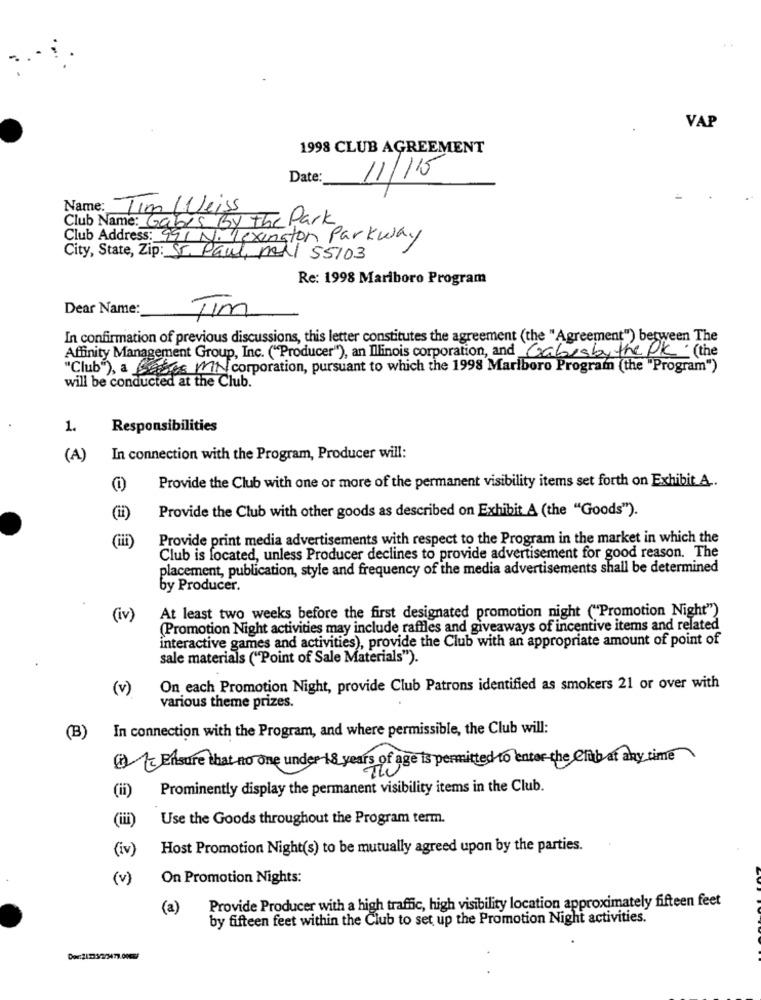
VAP
1998 CLUB AGREEMENT
Date:
11/115
Name: Tim / Weiss
Club Name: Gabis By The Park
Club Address: 991 N. Lexington Parkway
City, State, Zip: ST. Paul, Mil 55103
Re: 1998 Mariboro Program
Dear Name:
Im
In confirmation of previous discussions, this letter constitutes the agreement (the "Agreement") between The
Affinity Management Group, Inc. ("Producer"), an Ilinois corporation, and Cabisby the PK (the
"Club"), a Bases MN corporation, pursuant to which the 1998 Marlboro Program (the "Program")
will be conducted at the Club.
1.
Responsibilities
(A)
In connection with the Program, Producer will:
Provide the Club with one or more of the permanent visibility items set forth on Exhibit A ..
Provide the Club with other goods as described on Exhibit A (the "Goods").
Provide print media advertisements with respect to the Program in the market in which the
Club is located, unless Producer declines to provide advertisement for good reason. The
placement, publication, style and frequency of the media advertisements shall be determined
by Producer.
(iv)
At least two weeks before the first designated promotion night ("Promotion Night")
(Promotion Night activities may include raffles and giveaways of incentive items and related
interactive games and activities), provide the Club with an appropriate amount of point of
sale materials ("Point of Sale Materials").
(v)
On each Promotion Night, provide Club Patrons identified as smokers 21 or over with
various theme prizes.
(B) In connection with the Program, and where permissible, the Club will:
() =Ensure that no one under 18 years of age is permitted to enter the Club at any time
(ii)
Prominently display the permanent visibility items in the Club.
(iii)
Use the Goods throughout the Program term.
(iv)
Host Promotion Night(s) to be mutually agreed upon by the parties.
(v)
On Promotion Nights:
Provide Producer with a high traffic, high visibility location approximately fifteen feet
(a)
by fifteen feet within the Club to set up the Promotion Night activities.